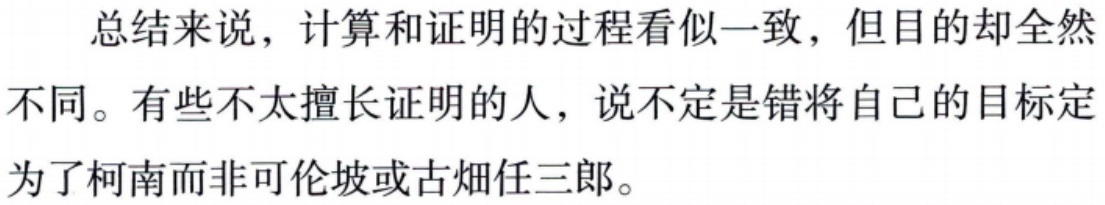
总结来说，计算和证明的过程看似一致，但目的却全然不同。有些不太擅长证明的人，说不定是错将自己的目标定为了柯南而非可伦坡或古畑任三郎。